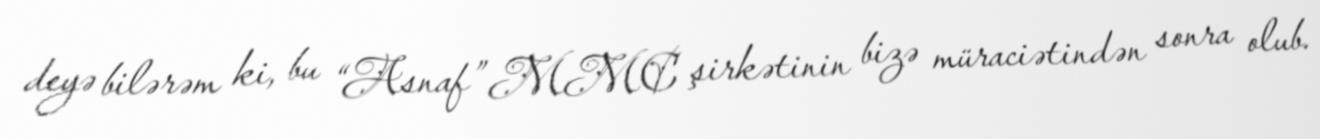
deyə bilərəm ki, bu “Asnaf” MMC şirkətinin bizə müraciətindən sonra olub.